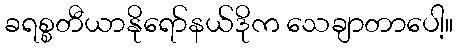
ခရစ္စတီယာနိုရော်နယ်ဒိုက သေချာတာပေါ့။